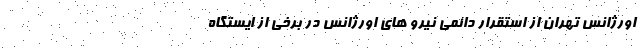
اورژانس تهران از استقرار دائمی نیرو های اورژانس در برخی از ایستگاه